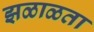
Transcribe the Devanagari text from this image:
झळाळता